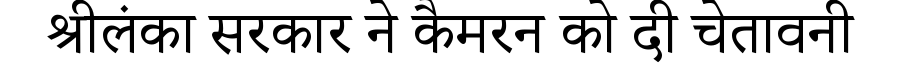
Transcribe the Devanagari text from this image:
श्रीलंका सरकार ने कैमरन को दी चेतावनी